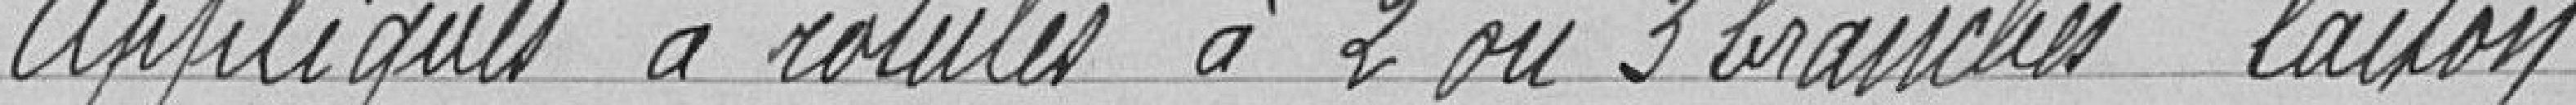
Appliques à rotules à 2 ou 3 branches laiton